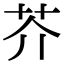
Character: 芥